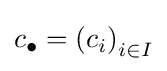
c_{\bullet }=\left(c_{i}\right)_{i\in I}